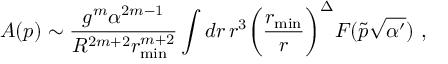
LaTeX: { \cal A } ( p ) \sim \frac { g ^ { m } \alpha ^ { 2 m - 1 } } { R ^ { 2 m + 2 } r _ { \mathrm { m i n } } ^ { m + 2 } } \int d r \, r ^ { 3 } \biggl ( \frac { r _ { \mathrm { m i n } } } { r } \biggr ) ^ { \Delta } F ( \tilde { p } \sqrt { \alpha ^ { \prime } } ) \ ,